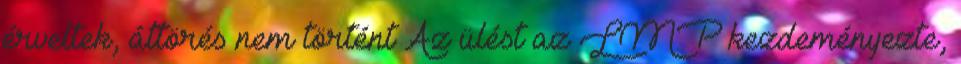
érveltek, áttörés nem történt Az ülést az LMP kezdeményezte,